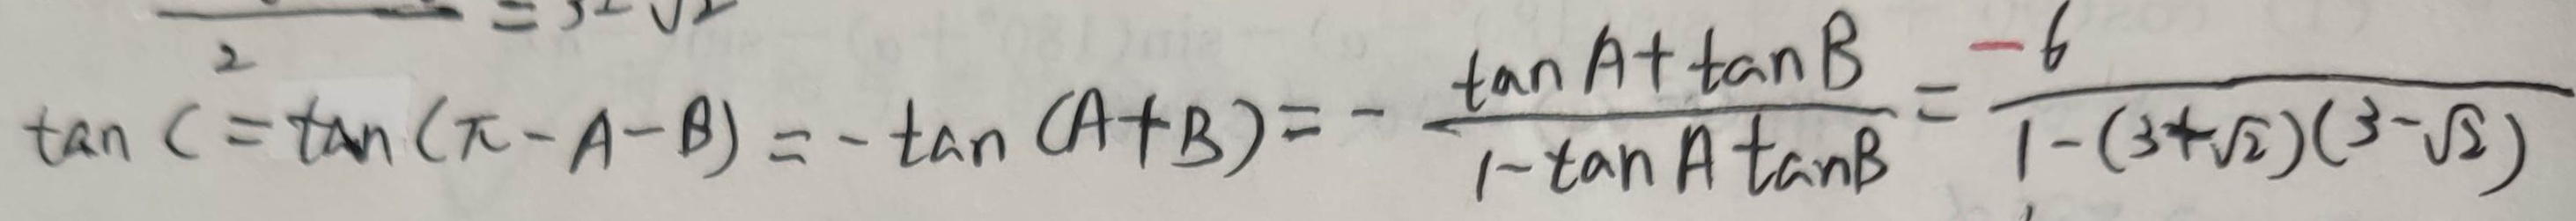
\tan C ^ { 2 } = \tan ( \pi - A - B ) = - \tan ( A + B ) = \frac { \tan A + \tan B } { 1 - \tan A \tan B } = \frac { - 6 } { 1 - ( 3 + \sqrt { 2 } ) ( 3 - \sqrt { 2 } ) }